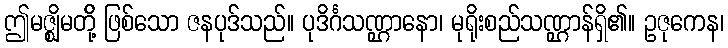
ဤမဇ္ဈိမတို့် ဖြစ်သော ဇနပုဒ်သည်။ ပုဒိင်္ဂသဏ္ဌာနော၊ မုရိုးစည်သဏ္ဌာန်ရှိ၏။ ဥဇုကေန၊